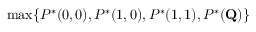
\operatorname* { m a x } \{ P ^ { * } ( 0 , 0 ) , P ^ { * } ( 1 , 0 ) , P ^ { * } ( 1 , 1 ) , P ^ { * } ( \mathbf { Q } ) \}